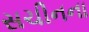
સચીનના